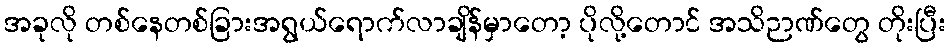
အခုလို တစ်နေတစ်ခြားအရွယ်ရောက်လာချိန်မှာတော့ ပိုလို့တောင် အသိဉာဏ်တွေ တိုးပြီး